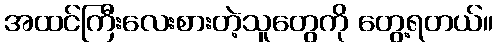
အထင်ကြီးလေးစားတဲ့သူတွေကို တွေ့ရတယ်။